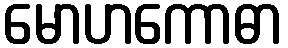
မောဟကောဓာ